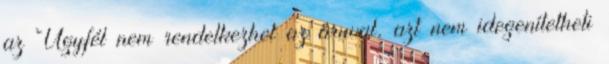
az Ügyfél nem rendelkezhet az áruval, azt nem idegenítetheti